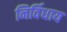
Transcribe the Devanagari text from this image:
निर्विधाय